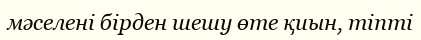
мәселені бірден шешу өте қиын, тіпті